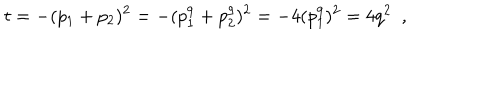
t = - ( p _ { 1 } + p _ { 2 } ) ^ { 2 } = - ( p _ { 1 } ^ { 9 } + p _ { 2 } ^ { 9 } ) ^ { 2 } = - 4 ( p _ { 1 } ^ { 9 } ) ^ { 2 } = 4 q ^ { 2 } \ \ ,